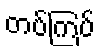
တပ်ကြပ်